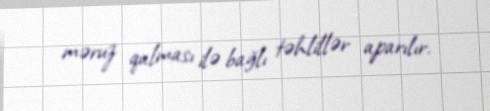
məruz qalması ilə bağlı təhlillər aparılır.